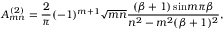
A _ { m n } ^ { ( 2 ) } = { \frac { 2 } { \pi } } ( - 1 ) ^ { m + 1 } \sqrt { m n } { \frac { ( \beta + 1 ) \, \mathrm { s i n } m \pi \beta } { n ^ { 2 } - m ^ { 2 } ( \beta + 1 ) ^ { 2 } } } ,